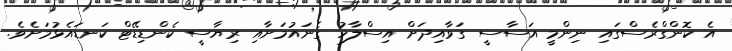
އެ ކޮންގްރެސްގައި ނިންމީ އަސާސީ ގަވާއިދަށް އިސްލާހު ގެނައުމަށާއި ރިޔާސީ ކެންޑިޑޭޓް ކަނޑައެޅުމަށެވެ.